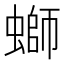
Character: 螄